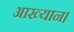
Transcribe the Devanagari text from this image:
आख्यान।